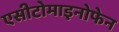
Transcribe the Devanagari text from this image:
एसीटोमाइनोफेन